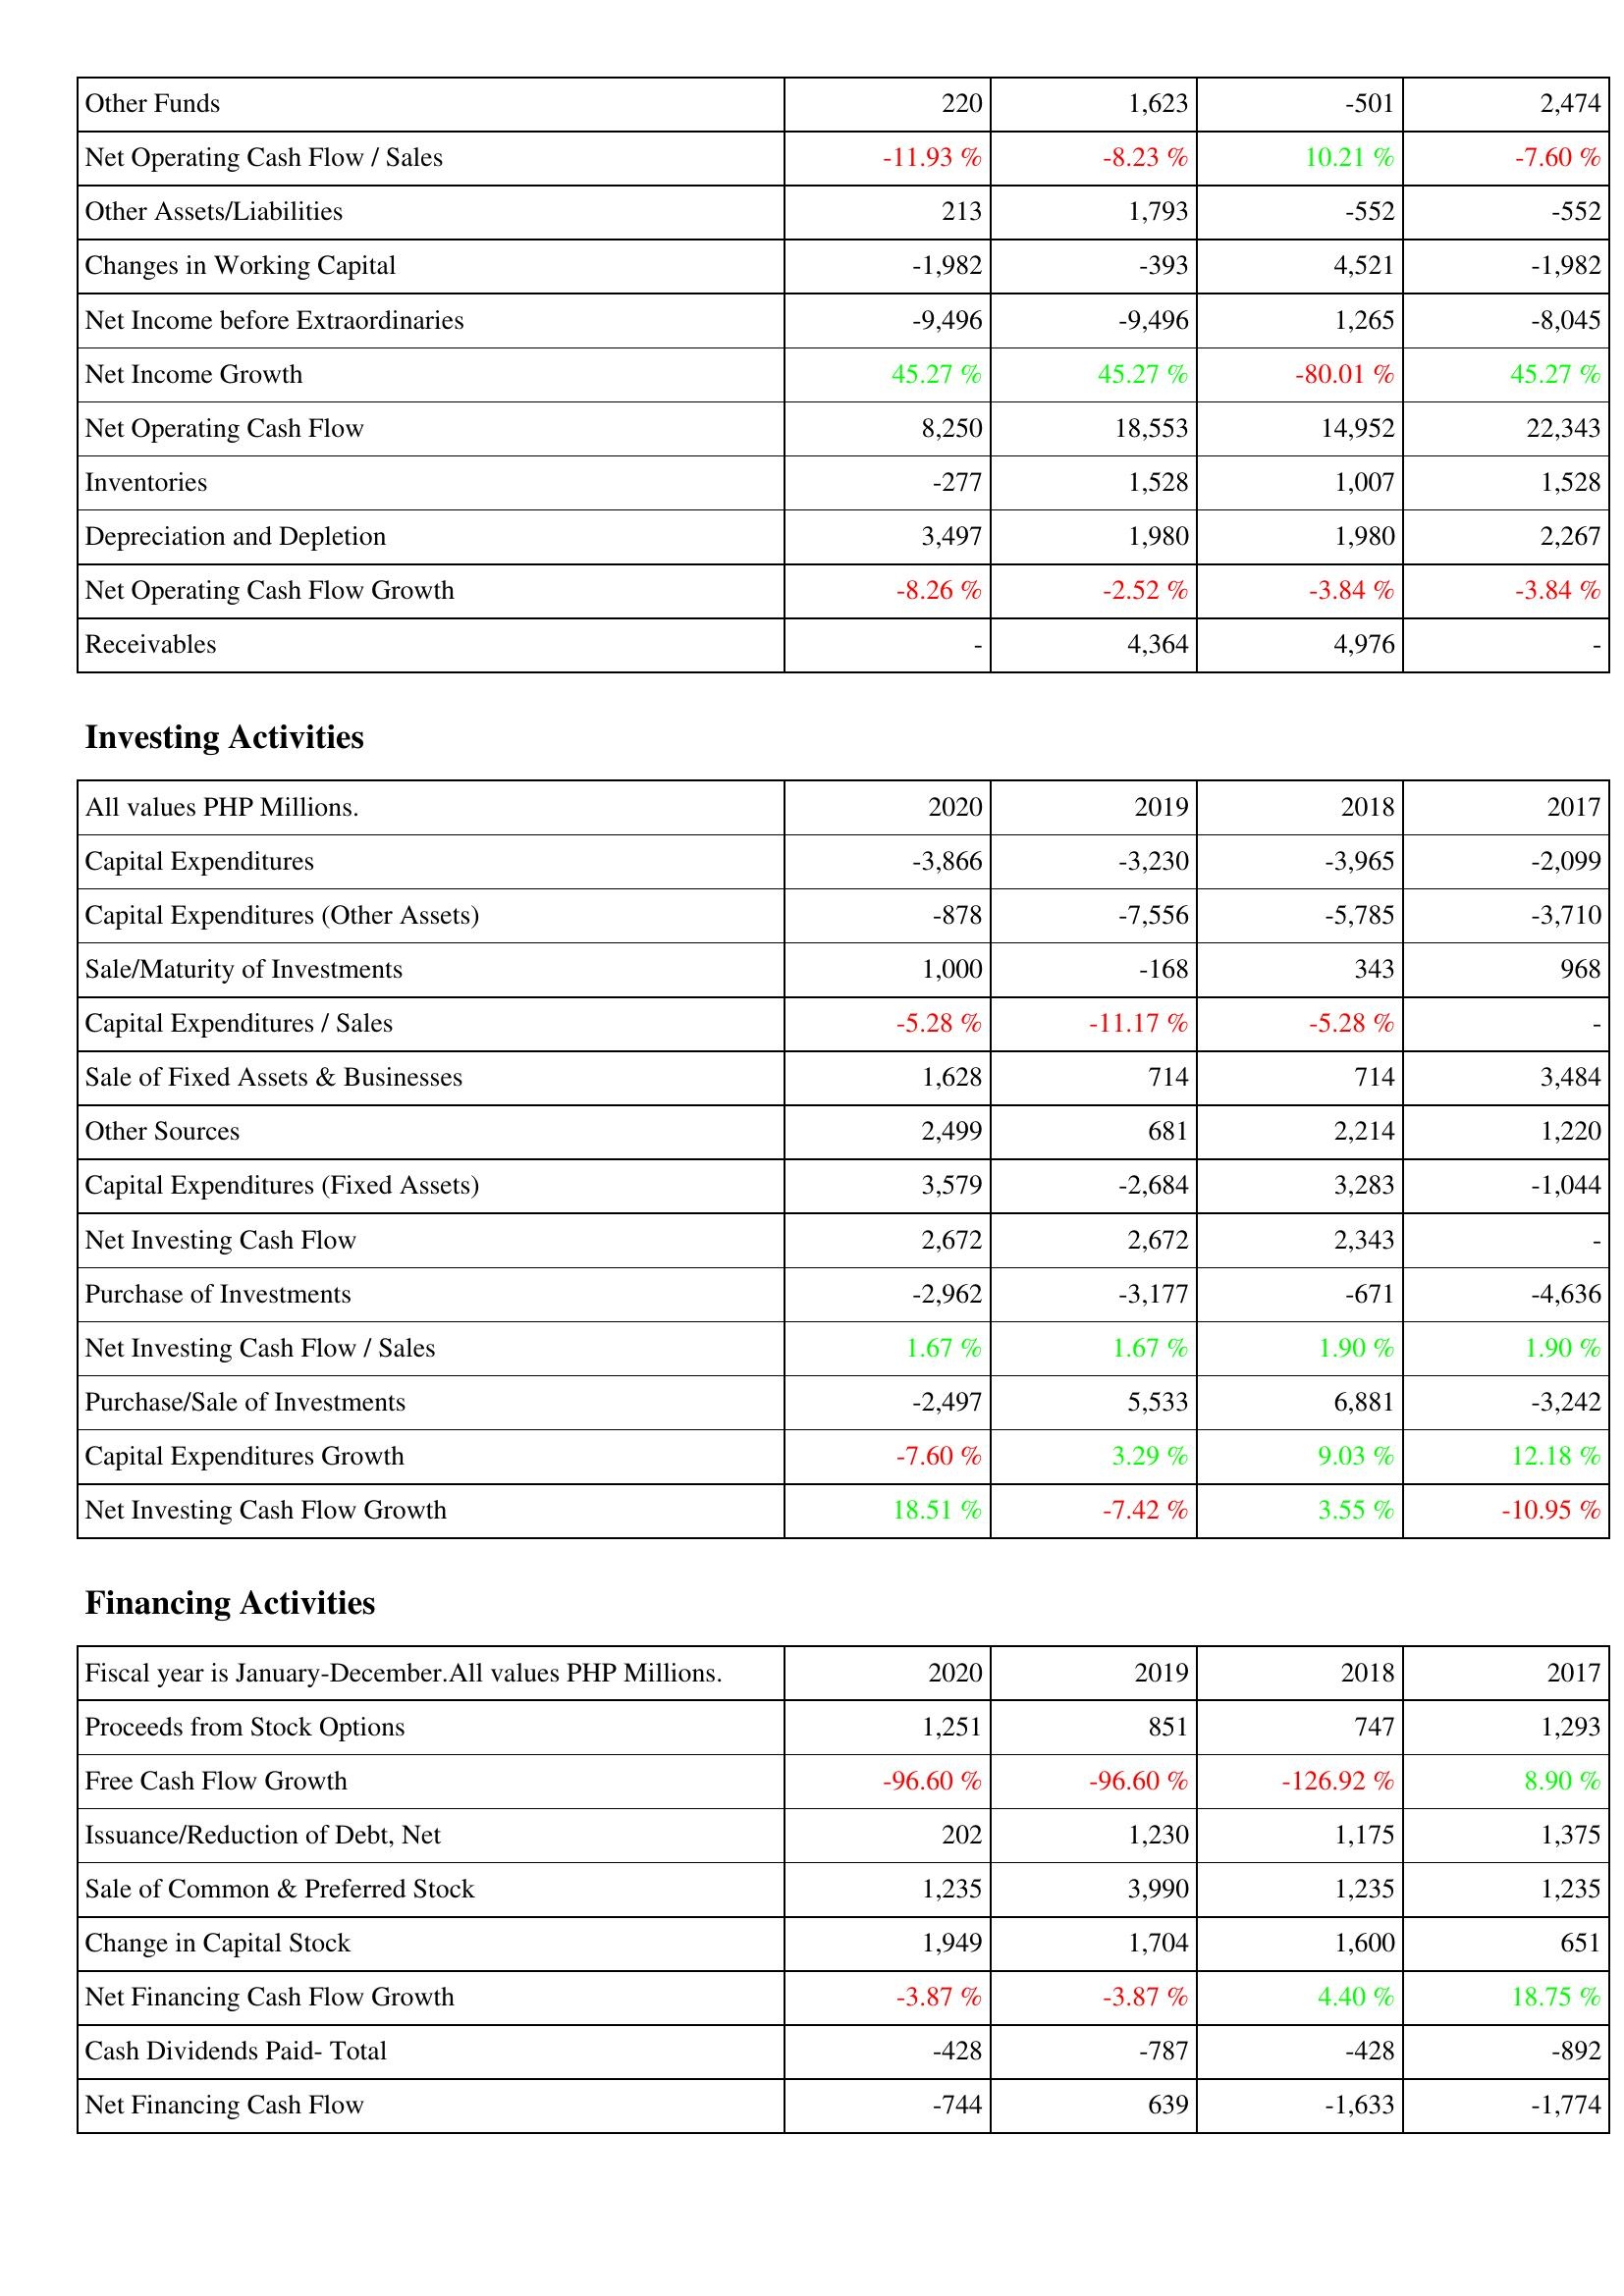
2020: Operating Activities: Other Funds: 220
Net Operating Cash Flow / Sales: -11.93 %
Other Assets/Liabilities: 213
Changes in Working Capital: -1,982
Net Income before Extraordinaries: -9,496
Net Income Growth: 45.27 %
Net Operating Cash Flow: 8,250
Inventories: -277
Depreciation and Depletion: 3,497
Net Operating Cash Flow Growth: -8.26 %
Receivables: -
Investing Activities: Capital Expenditures: -3,866
Capital Expenditures (Other Assets): -878
Sale/Maturity of Investments: 1,000
Capital Expenditures / Sales: -5.28 %
Sale of Fixed Assets & Businesses: 1,628
Other Sources: 2,499
Capital Expenditures (Fixed Assets): 3,579
Net Investing Cash Flow: 2,672
Purchase of Investments: -2,962
Net Investing Cash Flow / Sales: 1.67 %
Purchase/Sale of Investments: -2,497
Capital Expenditures Growth: -7.60 %
Net Investing Cash Flow Growth: 18.51 %
Financing Activities: Proceeds from Stock Options: 1,251
Free Cash Flow Growth: -96.60 %
Issuance/Reduction of Debt, Net: 202
Sale of Common & Preferred Stock: 1,235
Change in Capital Stock: 1,949
Net Financing Cash Flow Growth: -3.87 %
Cash Dividends Paid- Total: -428
Net Financing Cash Flow: -744
2019: Operating Activities: Other Funds: 1,623
Net Operating Cash Flow / Sales: -8.23 %
Other Assets/Liabilities: 1,793
Changes in Working Capital: -393
Net Income before Extraordinaries: -9,496
Net Income Growth: 45.27 %
Net Operating Cash Flow: 18,553
Inventories: 1,528
Depreciation and Depletion: 1,980
Net Operating Cash Flow Growth: -2.52 %
Receivables: 4,364
Investing Activities: Capital Expenditures: -3,230
Capital Expenditures (Other Assets): -7,556
Sale/Maturity of Investments: -168
Capital Expenditures / Sales: -11.17 %
Sale of Fixed Assets & Businesses: 714
Other Sources: 681
Capital Expenditures (Fixed Assets): -2,684
Net Investing Cash Flow: 2,672
Purchase of Investments: -3,177
Net Investing Cash Flow / Sales: 1.67 %
Purchase/Sale of Investments: 5,533
Capital Expenditures Growth: 3.29 %
Net Investing Cash Flow Growth: -7.42 %
Financing Activities: Proceeds from Stock Options: 851
Free Cash Flow Growth: -96.60 %
Issuance/Reduction of Debt, Net: 1,230
Sale of Common & Preferred Stock: 3,990
Change in Capital Stock: 1,704
Net Financing Cash Flow Growth: -3.87 %
Cash Dividends Paid- Total: -787
Net Financing Cash Flow: 639
2018: Operating Activities: Other Funds: -501
Net Operating Cash Flow / Sales: 10.21 %
Other Assets/Liabilities: -552
Changes in Working Capital: 4,521
Net Income before Extraordinaries: 1,265
Net Income Growth: -80.01 %
Net Operating Cash Flow: 14,952
Inventories: 1,007
Depreciation and Depletion: 1,980
Net Operating Cash Flow Growth: -3.84 %
Receivables: 4,976
Investing Activities: Capital Expenditures: -3,965
Capital Expenditures (Other Assets): -5,785
Sale/Maturity of Investments: 343
Capital Expenditures / Sales: -5.28 %
Sale of Fixed Assets & Businesses: 714
Other Sources: 2,214
Capital Expenditures (Fixed Assets): 3,283
Net Investing Cash Flow: 2,343
Purchase of Investments: -671
Net Investing Cash Flow / Sales: 1.90 %
Purchase/Sale of Investments: 6,881
Capital Expenditures Growth: 9.03 %
Net Investing Cash Flow Growth: 3.55 %
Financing Activities: Proceeds from Stock Options: 747
Free Cash Flow Growth: -126.92 %
Issuance/Reduction of Debt, Net: 1,175
Sale of Common & Preferred Stock: 1,235
Change in Capital Stock: 1,600
Net Financing Cash Flow Growth: 4.40 %
Cash Dividends Paid- Total: -428
Net Financing Cash Flow: -1,633
2017: Operating Activities: Other Funds: 2,474
Net Operating Cash Flow / Sales: -7.60 %
Other Assets/Liabilities: -552
Changes in Working Capital: -1,982
Net Income before Extraordinaries: -8,045
Net Income Growth: 45.27 %
Net Operating Cash Flow: 22,343
Inventories: 1,528
Depreciation and Depletion: 2,267
Net Operating Cash Flow Growth: -3.84 %
Receivables: -
Investing Activities: Capital Expenditures: -2,099
Capital Expenditures (Other Assets): -3,710
Sale/Maturity of Investments: 968
Capital Expenditures / Sales: -
Sale of Fixed Assets & Businesses: 3,484
Other Sources: 1,220
Capital Expenditures (Fixed Assets): -1,044
Net Investing Cash Flow: -
Purchase of Investments: -4,636
Net Investing Cash Flow / Sales: 1.90 %
Purchase/Sale of Investments: -3,242
Capital Expenditures Growth: 12.18 %
Net Investing Cash Flow Growth: -10.95 %
Financing Activities: Proceeds from Stock Options: 1,293
Free Cash Flow Growth: 8.90 %
Issuance/Reduction of Debt, Net: 1,375
Sale of Common & Preferred Stock: 1,235
Change in Capital Stock: 651
Net Financing Cash Flow Growth: 18.75 %
Cash Dividends Paid- Total: -892
Net Financing Cash Flow: -1,774